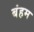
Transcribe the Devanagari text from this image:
बंहम